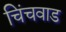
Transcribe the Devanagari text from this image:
चिंचवाड